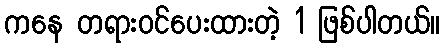
ကနေ တရားဝင်ပေးထားတဲ့ 1 ဖြစ်ပါတယ်။